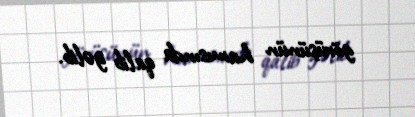
görüşünün hamısında qalib gəlib.